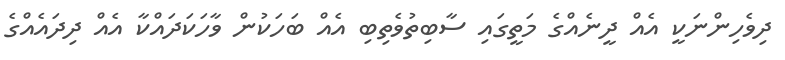
ދިވެހިންނަކީ އެއް ދީނެއްގެ މަތީގައި ސާބިތުވެތިބި އެއް ބަހަކުން ވާހަކަދައްކާ އެއް ދިދައެއްގެ